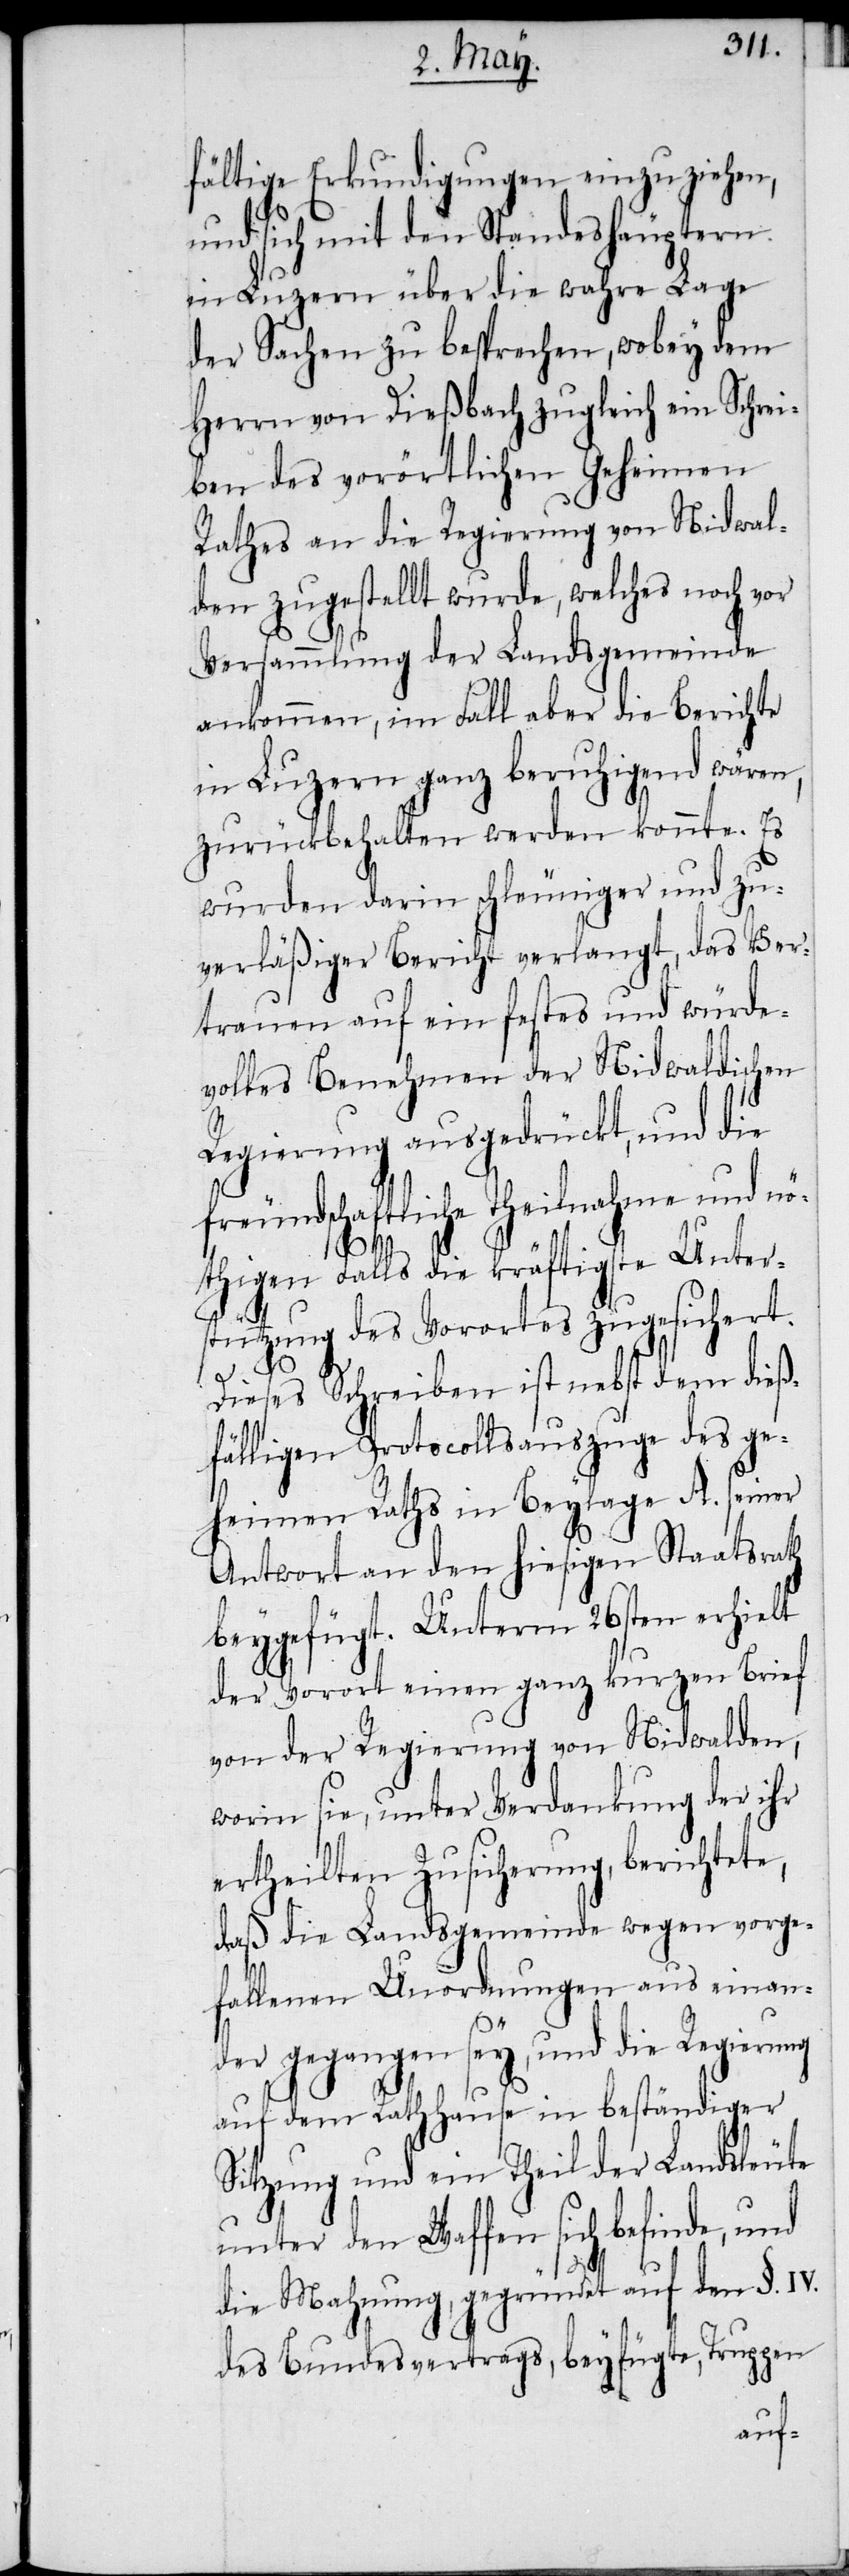
fältige Erkundigungen einzuziehen,
und sich mit den Standeshäuptern
in Luzern über die wahre Lage
der Sachen zu besprechen, wobey dem
Herrn von Dießbach zugleich ein Schrei¬
ben des vorörtlichen Geheimen
Rathes an die Regierung von Nidwal¬
den zugestellt wurde, welches noch vor
Versammlung der Landsgemeinde
ankommen, im Fall aber die Berichte
in Luzern ganz beruhigend wären,
zurückbehalten werden konnte. Es
wurden darin schleuniger und zu¬
verläßiger Bericht verlangt, das Ver¬
trauen auf ein festes und würde¬
volles Benehmen der Nidwaldischen
Regierung ausgedrückt, und die
freundschaftliche Theilnahme und nö¬
thigen Falls die kräftigste Unter¬
stützung des Vorortes zugesichert.
Dieses Schreiben ist nebst dem dieß¬
fälligen Protocollsauszuge des ge¬
heimen Raths in Beylage A. seiner
Antwort an den hiesigen Staatsrath
beygefügt. Unterm 26sten erhielt
der Vorort einen ganz kurzen Brief
von der Regierung von Nidwalden,
worin sie, unter Verdankung der ihr
ertheilten Zusicherung, berichtete,
daß die Landsgemeinde wegen vorge¬
fallenen Unordnungen aus einan¬
der gegangen sey, und die Regierung
auf dem Rathhause in beständiger
Sitzung und ein Theil der Landsleute
unter den Waffen sich befinde, und
die Mahnung, gegründet auf den §. IV.
des Bundesvertrags, beyfügte, Truppen